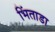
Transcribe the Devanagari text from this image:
भिंताडा